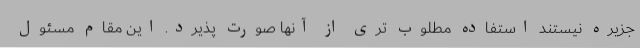
جزیره نیستند استفاده مطلوب تری از آنها صورت پذیرد. این مقام مسئول